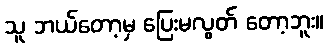
သူ ဘယ်တော့မှ ပြေးမလွတ် တော့ဘူး။